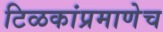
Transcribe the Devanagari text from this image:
टिळकांप्रमाणेच